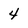
Character: 4